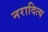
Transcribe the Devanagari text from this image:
नरादित्य